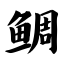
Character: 鲷